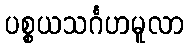
ပစ္စယသင်္ဂဟမူလာ